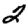
Digit: 2